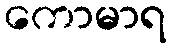
ကောမာရ